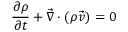
\frac { \partial \rho } { \partial t } + \Vec { \boldsymbol { \nabla } } \cdot ( \rho \Vec { \boldsymbol { v } } ) = 0